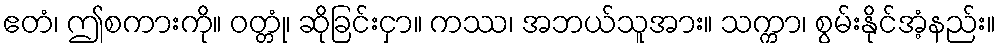
ဧတံ၊ ဤစကားကို။ ဝတ္တုံ၊ ဆိုခြင်းငှာ။ ကဿ၊ အဘယ်သူအား။ သက္ကာ၊ စွမ်းနိုင်အံ့နည်း။